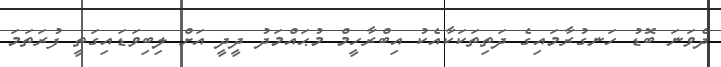
ދެވަނަ ބޮޑު ހަނގުރާމައިގެ ދަތިތަކަކާއެކު އިބްރާހީމް މުޙައްމަދު ދީދީ އަށް ލިބިވަޑައިގަތީ ފުރަތަމަ